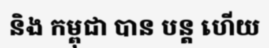
និង កម្ពុជា បាន បន្ត ហើយ